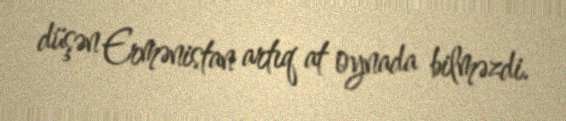
düşən Ermənistan artıq at oynada bilməzdi.